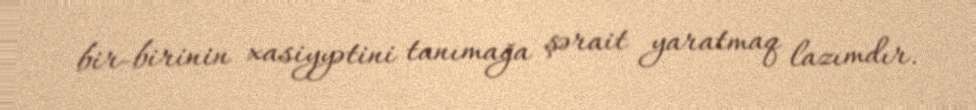
bir-birinin xasiyyətini tanımağa şərait yaratmaq lazımdır.